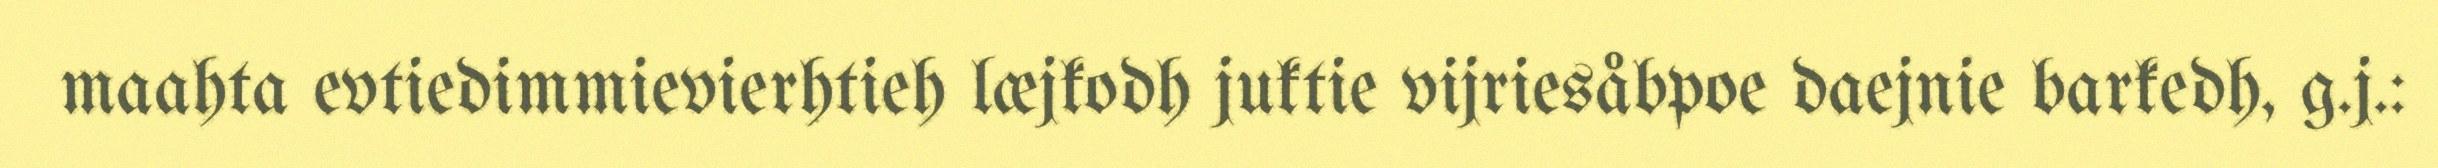
maahta evtiedimmievierhtieh læjkodh juktie vijriesåbpoe daejnie barkedh, g.j.: